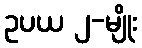
ဥပယ ၂-မျိုး